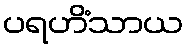
ပရဟိံသာယ